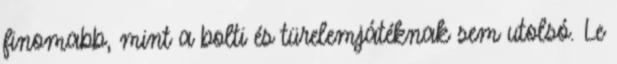
finomabb, mint a bolti és türelemjátéknak sem utolsó. Le